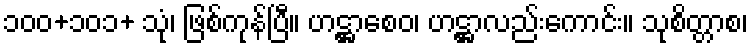
၁၀၀+၁၀၁+ သုံ၊ ဖြစ်ကုန်ပြီ။ ဟဋ္ဌာစေဝ၊ ဟဋ္ဌာလည်းကောင်း။ သုစိတ္တာစ၊